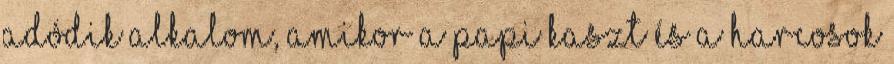
adódik alkalom, amikor a papi kaszt és a harcosok